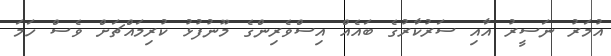
އުމަރު ނަސީރު އާއި ސަރުކާރުގެ ބައެއް އިސްވެރިންގެ މޫނުފުޅު ކުރިމައްޗަށް ވެސް ހަމަ